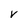
Character: V